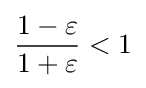
{\frac {1-\varepsilon }{1+\varepsilon }}<1